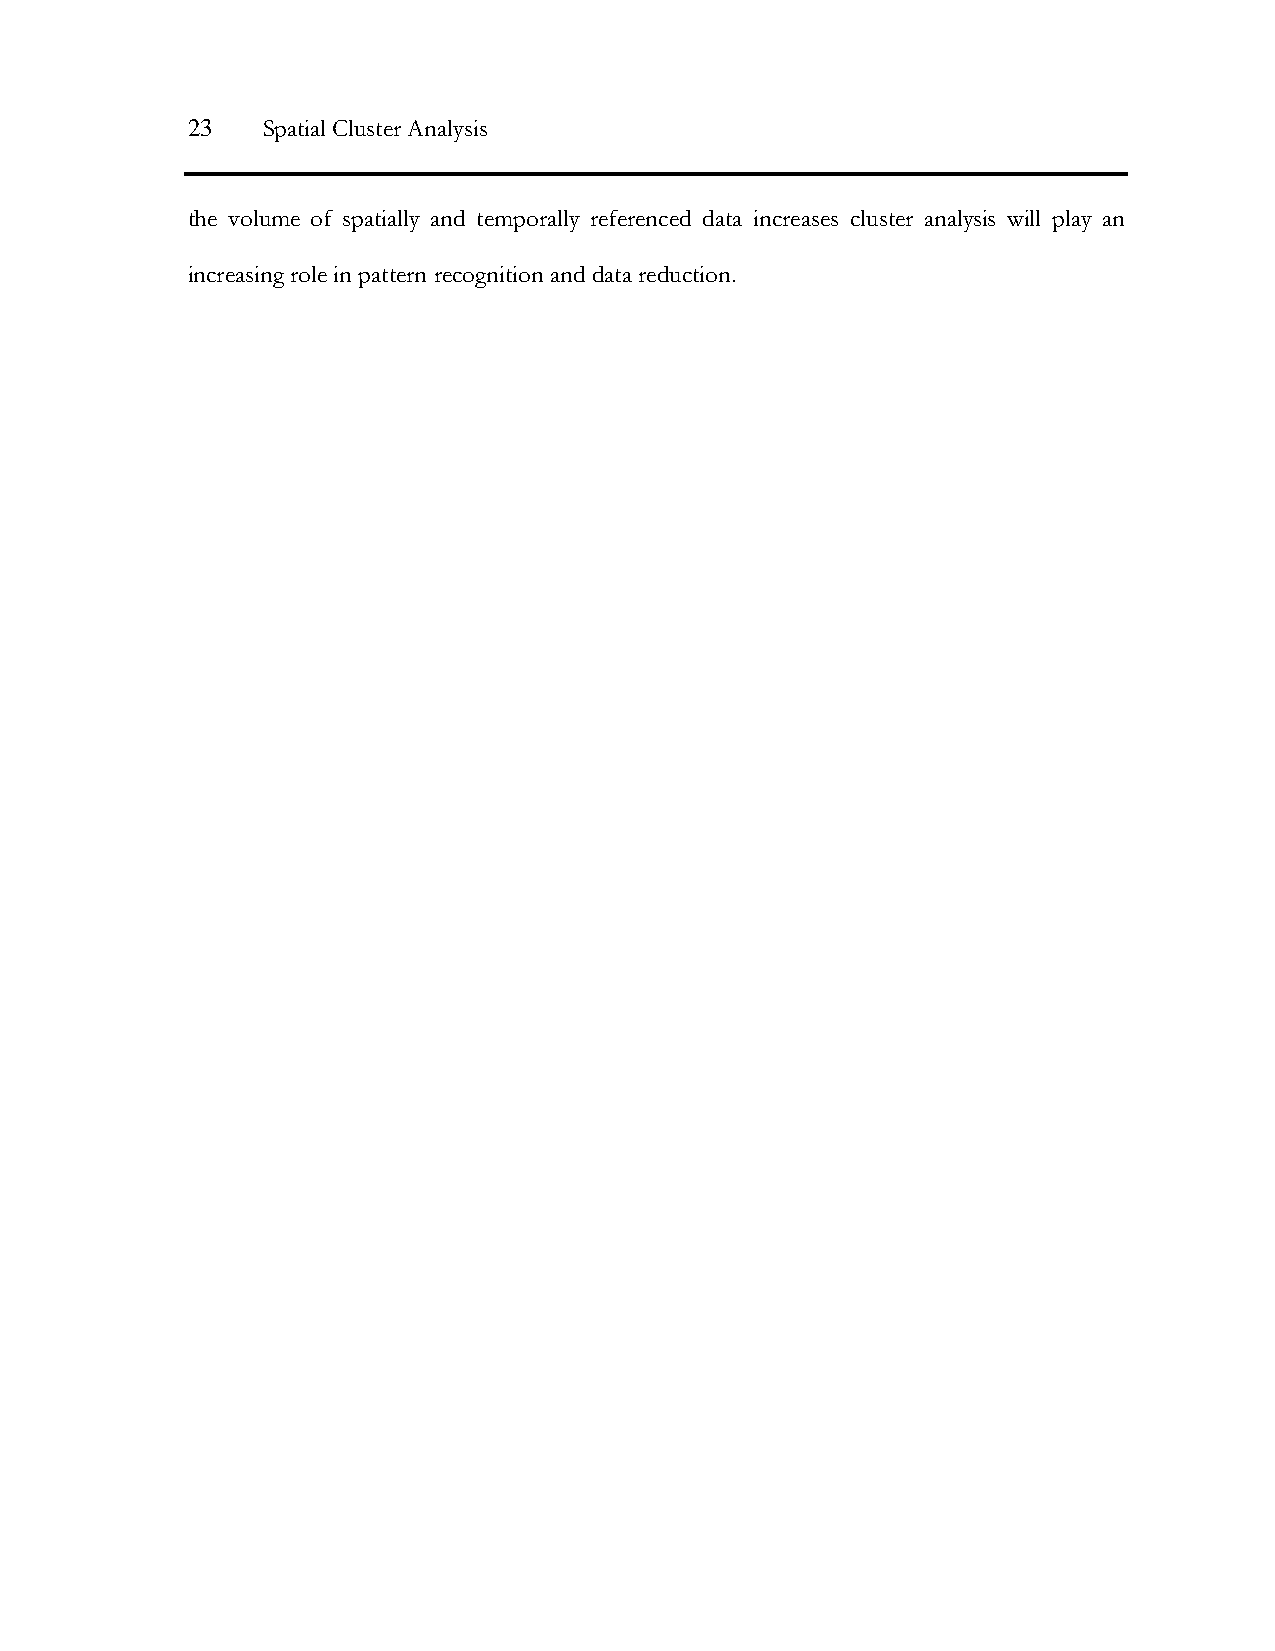
23   Spatial Cluster Analysis
 the volume of spatially and temporally referenced data increases cluster analysis will play an
 increasing role in pattern recognition and data reduction.